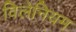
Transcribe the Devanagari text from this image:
विलेनियम